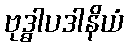
ဗုဒ္ဓါပဒါနိယံ